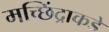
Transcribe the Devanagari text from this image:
मच्छिंद्राकडे